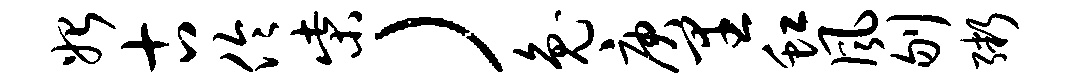
始古伶柴）兔庚里虹风刎粥